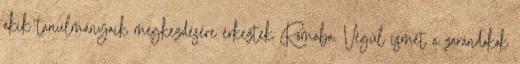
akik tanulmányaik megkezdésére érkeztek Rómába. Végül ismét a zarándokok